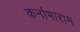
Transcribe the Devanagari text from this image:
कर्नाभाराम